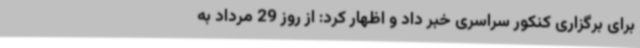
برای برگزاری کنکور سراسری خبر داد و اظهار کرد: از روز 29 مرداد به